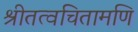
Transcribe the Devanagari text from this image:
श्रीतत्वचितामणि